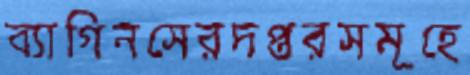
ব্যাগিনসেরদপ্তরসমূহে